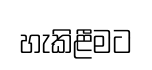
හැකිළීමට